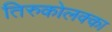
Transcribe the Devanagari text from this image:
तिरुकोलक्का